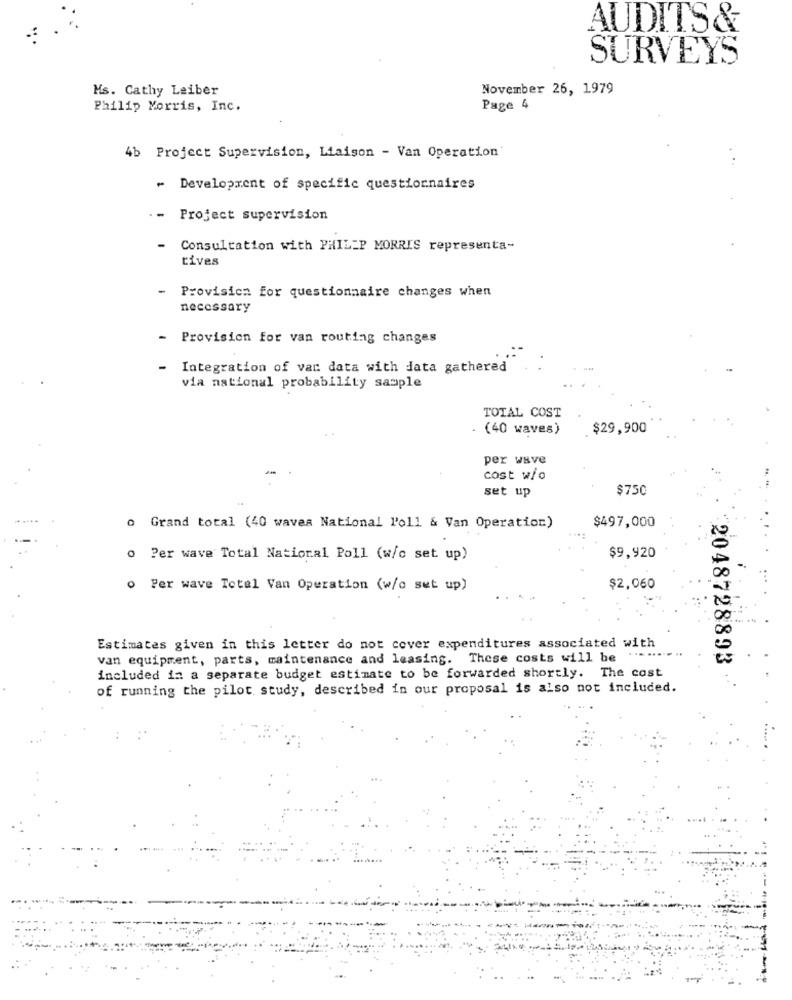
AUDITS &
SURVEYS
Ms. Cathy Leiber
November 26, 1979
Philip Morris, Inc.
Page 4
4b Project Supervision, Liaison - Van Operation'
~ Development of specific questionnaires
Project supervision
Consultation with PHILIP MORRIS representa-
tives
- Provision for questionnaire changes when
necessary
Provision for van routing changes
- Integration of var data with data gathered
via national probability sample
TOTAL COST
. (40 waves)
$29,900
per wave
cost w/o
set up
$750
$497,000
o Grand total (40 waves National l'oll & Van Operation)
o ?er wave Total National Poll (w/c set up)
$9,920
o Per wave Total Van Operation (w/c set up)
$2,060
Estimates given in this letter do not cover expenditures associated with
van equipment, parts, maintenance and leasing. These costs will be ...
2048728893
included in a separate budget estimate to be forwarded shortly. The cost
of running the pilot study, described in our proposal is also not included.